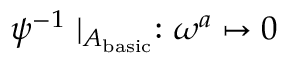
\psi ^ { - 1 } \mid _ { A _ { \mathrm { b a s i c } } } : \omega ^ { a } \mapsto 0